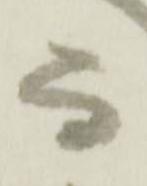
而